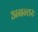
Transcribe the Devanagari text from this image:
अनन्तरः